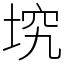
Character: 㙀